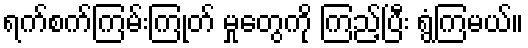
ရက်စက်ကြမ်းကြုတ် မှုတွေကို ကြည့်ပြီး ရွံကြမယ်။